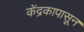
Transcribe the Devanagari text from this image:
केंद्रकापासून